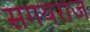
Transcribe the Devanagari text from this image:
सगयराज